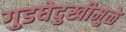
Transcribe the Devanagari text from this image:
गुडघेदुखीमुळे